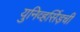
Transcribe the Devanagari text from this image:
युनिव्हर्सिड़ची